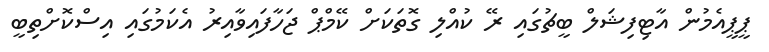
ޕީޕީއެމުން އާޓިފިޝަލް ބީޗުގައި ރޭ ކުއްލި ގޮތަކަށް ކޭމްޕް ޖަހާފައިވާއިރު އެކަމުގައި އިސްކޮށްތިބީ